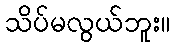
သိပ်မလွယ်ဘူး။